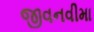
જીવનવીમા